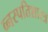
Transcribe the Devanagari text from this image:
व्नस्पतिशास्त्र